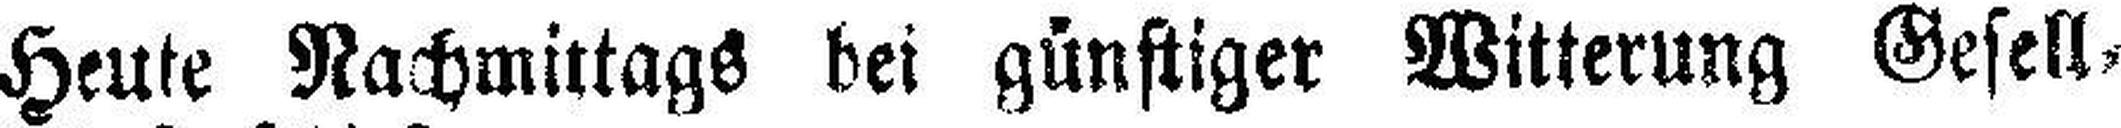
Heute Nachmittags bei günstiger Witterung Gesell¬